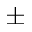
\pm